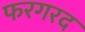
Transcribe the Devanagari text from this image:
फरगरद